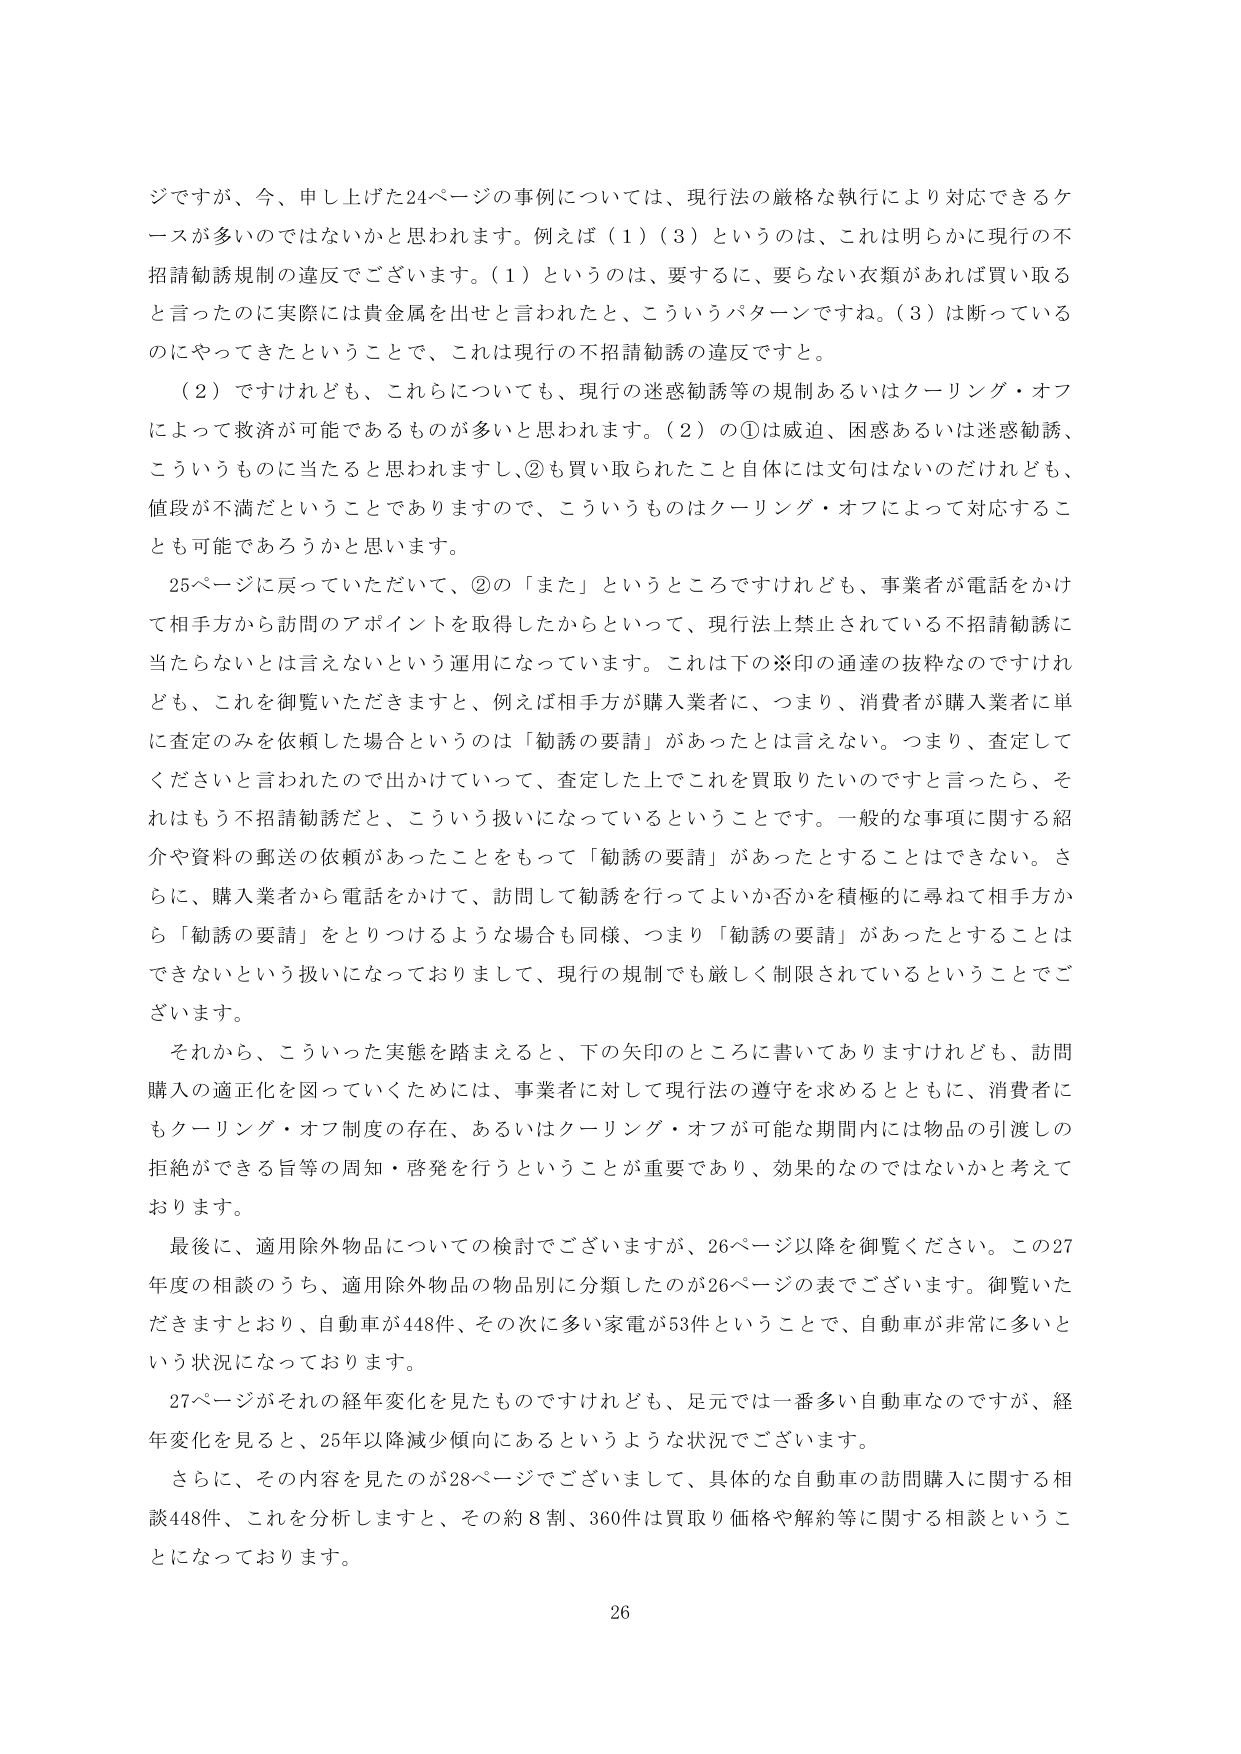
ジですが、今、申し上げた24ページの事例については、現行法の厳格な執行により対応できるケースが多いのではないかと思われます。例えば（1）（3）というのは、これは明らかに現行の不招請勧誘規制の違反でございます。（1）というのは、要するに、要らない衣類があれば買い取ると言ったのに実際には貴金属を出せと言われたと、こういうパターンですね。（3）は断っているのにやってきたということで、これは現行の不招請勧誘の違反ですと。

（2）ですけれども、これらについても、現行の迷惑勧誘等の規制あるいはクーリング・オフによって救済が可能であるものが多いと思われます。（2）の①は威迫、困惑あるいは迷惑勧誘、こういうものに当たると思われますし、②も買い取られたこと自体には文句はないのだけれども、値段が不満だということでありますので、こういうものはクーリング・オフによって対応することも可能であろうかと思います。

25ページに戻っていただいて、②の「また」というところですけれども、事業者が電話をかけて相手方から訪問のアポイントを取得したからといって、現行法上禁止されている不招請勧誘に当たらないとは言えないという運用になっています。これは下の※印の通達の抜粋なのですが、これを御覧いただきますと、例えば相手方が購入業者に、つまり、消費者が購入業者に単に査定のみを依頼した場合というのは「勧誘の要請」があったとは言えない。つまり、査定してくださいと言われたので出かけていって、査定した上でこれを買取りたいのですと言ったら、それはもう不招請勧誘だと、こういう扱いになっているということです。一般的な事項に関する紹介や資料の郵送の依頼があったことをもって「勧誘の要請」があったとすることはできない。さらに、購入業者から電話をかけて、訪問して勧誘を行ってよいか否かを積極的に尋ねて相手方から「勧誘の要請」をとりつけるような場合も同様、つまり「勧誘の要請」があったとすることはできないという扱いになっておりまして、現行の規制でも厳しく制限されているということでございます。

それから、こういった実態を踏まえると、下の矢印のところに書いてありますけれども、訪問購入の適正化を図っていくためには、事業者に対して現行法の遵守を求めるとともに、消費者にもクーリング・オフ制度の存在、あるいはクーリング・オフが可能な期間内には物品の引渡しの拒絶ができる旨等の周知・啓発を行うということが重要であり、効果的なのではないかと考えております。

最後に、適用除外物品についての検討でございますが、26ページ以降を御覧ください。この27年度の相談のうち、適用除外物品の物品別に分類したのが26ページの表でございます。御覧いただきますとおり、自動車が448件、その次に多い家電が53件ということで、自動車が非常に多いという状況になっております。

27ページがそれの経年変化を見たものですけれども、足元では一番多い自動車なのですが、経年変化を見ると、25年以降減少傾向にあるというような状況でございます。

さらに、その内容を見たのが28ページでございまして、具体的な自動車の訪問購入に関する相談448件、これを分析しますと、その約8割、360件は買取り価格や解約等に関する相談ということになっております。

26